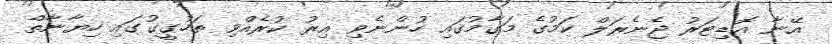
އޭނާ އޮޑިޓަރު ޖެނެރަލް ކަމުގެ މަގާމުގައި ހުންނެވި އިރު ކުރެއްވި ތަހުގީގުގައި ހިޔާނާތް